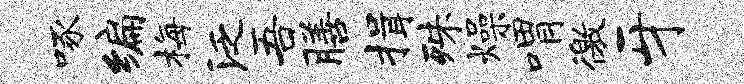
啄编梅泛吾膳揖殊燥喟徼牙